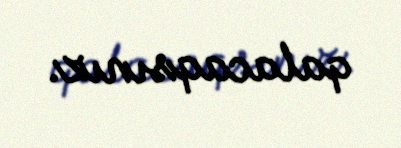
qalacaqsınız.